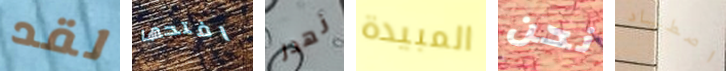
لقد افتحها نهدر المبيدة نحن اصطياد